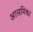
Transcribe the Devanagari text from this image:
आसमिका